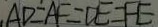
A D = A F = D E = F E